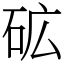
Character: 砿